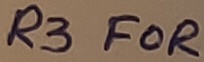
Text: R3 FOR